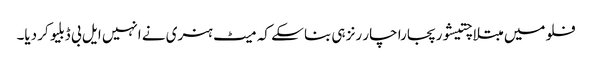
فلو میں مبتلا چتیشور پجارا چار رنز ہی بنا سکے کہ میٹ ہنری نے انہیں ایل بی ڈبلیو کر دیا۔